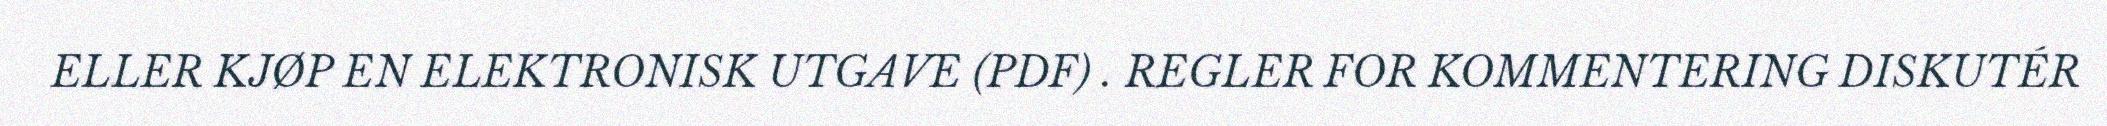
ELLER KJØP EN ELEKTRONISK UTGAVE (PDF) . REGLER FOR KOMMENTERING DISKUTÉR